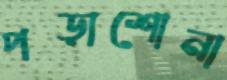
পড়াশোনা